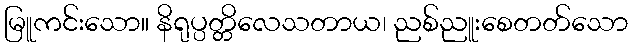
မြူကင်းသော။ နိရုပ္ပတ္တိလေသတာယ၊ ညစ်ညူးစေတတ်သော